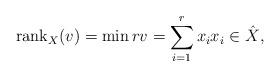
LaTeX: \begin{align*} \operatorname{rank}_X(v) = \min r v=\sum_{i=1}^r x_i x_i \in \hat{X},\end{align*}